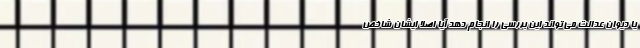
یا دیوان عدالت می‌تواند این بررسی را انجام دهد آیا اصلاً ایشان شاخص